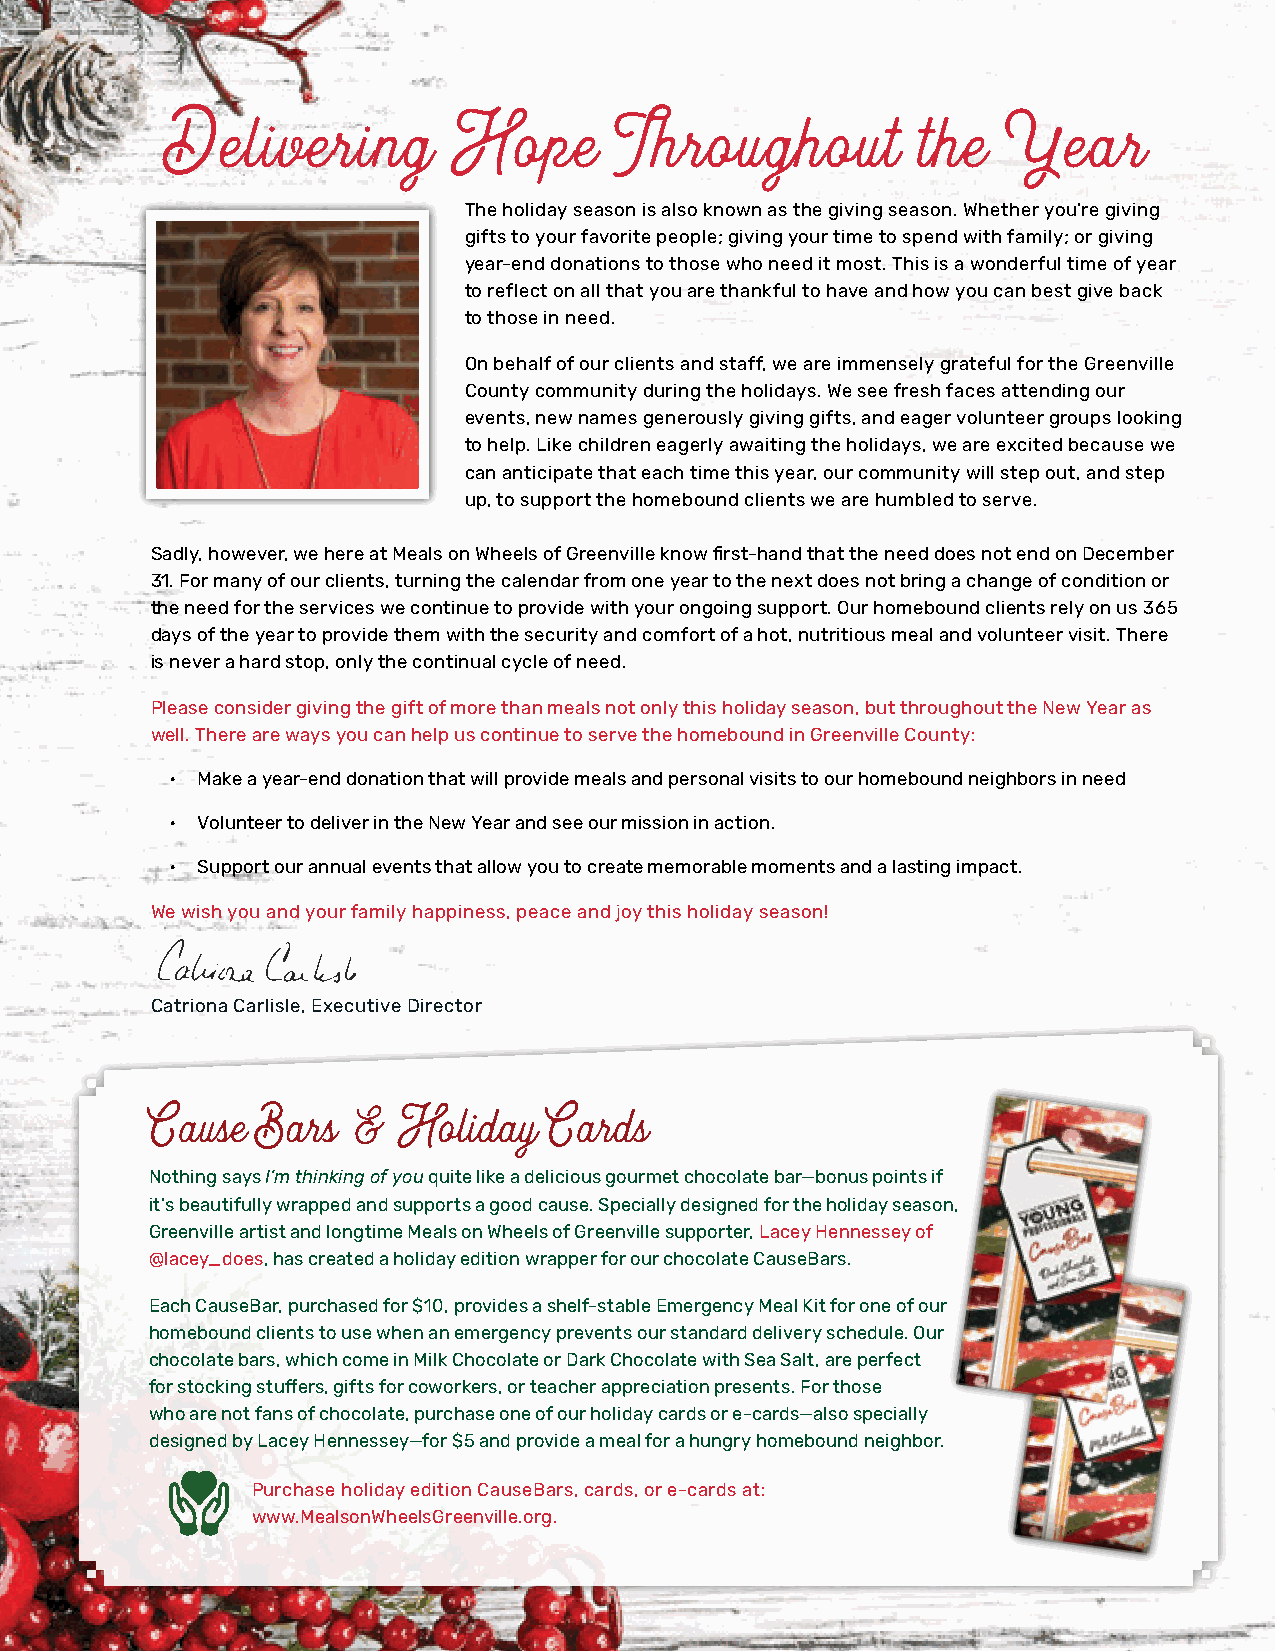
Delivering         Hope       Throughout          the   Year
 The holiday season is also known as the giving season. Whether you’re giving
 gifts to your favorite people; giving your time to spend with family; or giving
 year-end donations to those who need it most. This is a wonderful time of year
 to reflect on all that you are thankful to have and how you can best give back
 to those in need.
 On behalf of our clients and staff, we are immensely grateful for the Greenville
 County community during the holidays. We see fresh faces attending our
 events, new names generously giving gifts, and eager volunteer groups looking
 to help. Like children eagerly awaiting the holidays, we are excited because we
 can anticipate that each time this year, our community will step out, and step
 up, to support the homebound clients we are humbled to serve.
 Sadly, however, we here at Meals on Wheels of Greenville know first-hand that the need does not end on December
 31. For many of our clients, turning the calendar from one year to the next does not bring a change of condition or
 the need for the services we continue to provide with your ongoing support. Our homebound clients rely on us 365
 days of the year to provide them with the security and comfort of a hot, nutritious meal and volunteer visit. There
 is never a hard stop, only the continual cycle of need.
 Please consider giving the gift of more than meals not only this holiday season, but throughout the New Year as
 well. There are ways you can help us continue to serve the homebound in Greenville County:
 • Make a year-end donation that will provide meals and personal visits to our homebound neighbors in need
 • Volunteer to deliver in the New Year and see our mission in action.
 • Support our annual events that allow you to create memorable moments and a lasting impact.
 We wish you and your family happiness, peace and joy this holiday season!
 Catriona Carlisle, Executive Director
 Cause  Bars  &  Holiday   Cards
 Nothing says I’m thinking of you quite like a delicious gourmet chocolate bar—bonus points if
 it’s beautifully wrapped and supports a good cause. Specially designed for the holiday season,
 Greenville artist and longtime Meals on Wheels of Greenville supporter, Lacey Hennessey of
 @lacey_does, has created a holiday edition wrapper for our chocolate CauseBars.
 Each CauseBar, purchased for $10, provides a shelf-stable Emergency Meal Kit for one of our
 homebound clients to use when an emergency prevents our standard delivery schedule. Our
 chocolate bars, which come in Milk Chocolate or Dark Chocolate with Sea Salt, are perfect
 for stocking stuffers, gifts for coworkers, or teacher appreciation presents. For those
 who are not fans of chocolate, purchase one of our holiday cards or e-cards—also specially
 designed by Lacey Hennessey—for $5 and provide a meal for a hungry homebound neighbor.
 Purchase holiday edition CauseBars, cards, or e-cards at:
 www.MealsonWheelsGreenville.org.